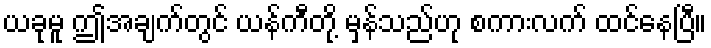
ယခုမူ ဤအချက်တွင် ယန်ကီတို့ မှန်သည်ဟု စကားလက် ထင်နေပြီ။